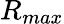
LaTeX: R_{max}